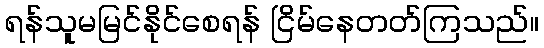
ရန်သူမမြင်နိုင်စေရန် ငြိမ်နေတတ်ကြသည်။